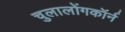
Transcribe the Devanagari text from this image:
चुलालोंगकॉर्न